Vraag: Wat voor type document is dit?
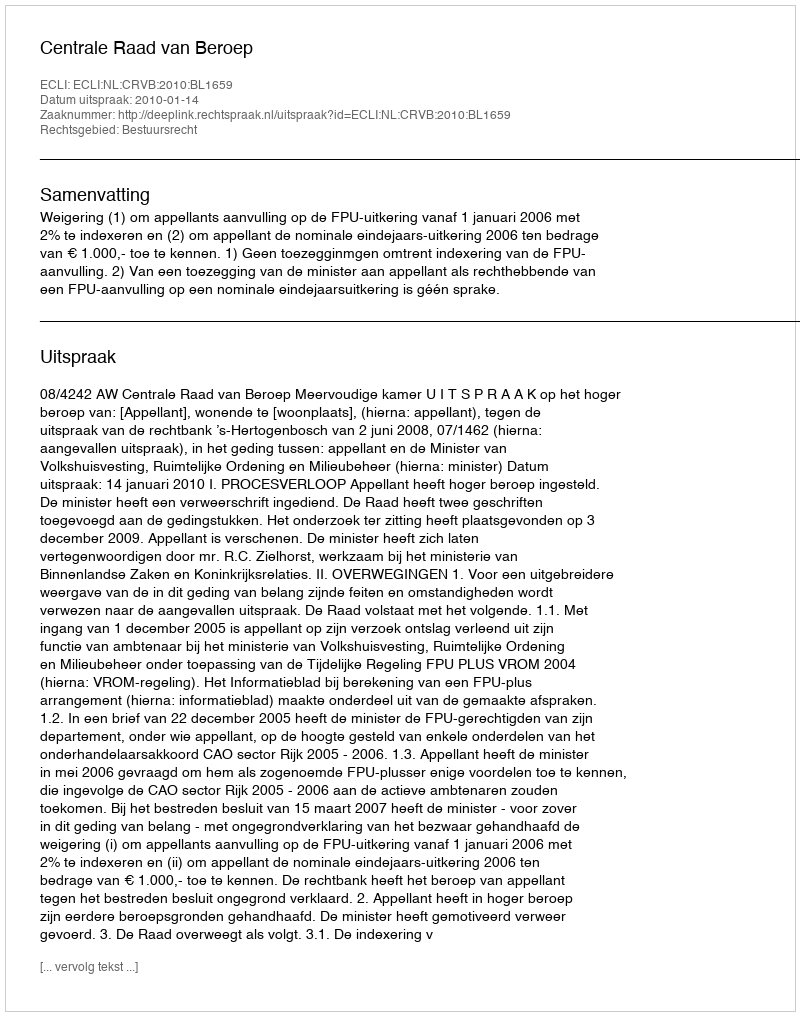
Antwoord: Uitspraak